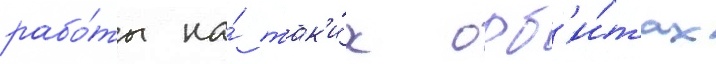
рабо́ты на́ так'и́х орб'и́тах